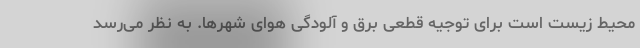
محیط زیست است برای توجیه قطعی برق و آلودگی هوای شهرها. به نظر می‌رسد